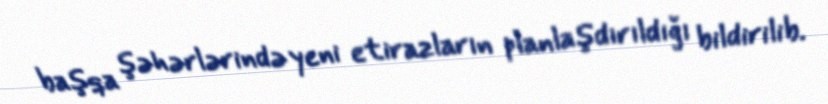
başqa şəhərlərində yeni etirazların planlaşdırıldığı bildirilib.